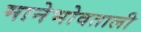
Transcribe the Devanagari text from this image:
मानेभोवताली